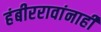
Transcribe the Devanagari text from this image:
हंबीररावांनाही